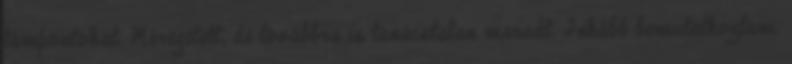
támpontokat. Méregetett, de továbbra is tanácstalan maradt. Inkább bemutatkoztam.